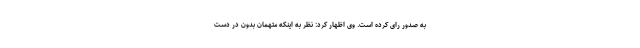
به صدور رای کرده است. وی اظهار کرد: نظر به اینکه متهمان بدون در دست